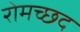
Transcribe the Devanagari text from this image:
रोमच्छद